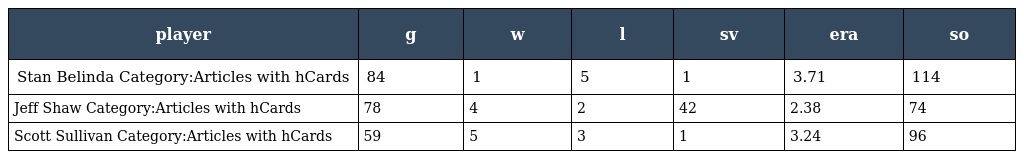
| player | g | w | l | sv | era | so |
 | --- | --- | --- | --- | --- | --- | --- |
 | Stan Belinda Category:Articles with hCards | 84 | 1 | 5 | 1 | 3.71 | 114 |
 | Jeff Shaw Category:Articles with hCards | 78 | 4 | 2 | 42 | 2.38 | 74 |
 | Scott Sullivan Category:Articles with hCards | 59 | 5 | 3 | 1 | 3.24 | 96 |